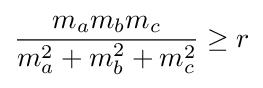
{\frac {m_{a}m_{b}m_{c}}{m_{a}^{2}+m_{b}^{2}+m_{c}^{2}}}\geq r